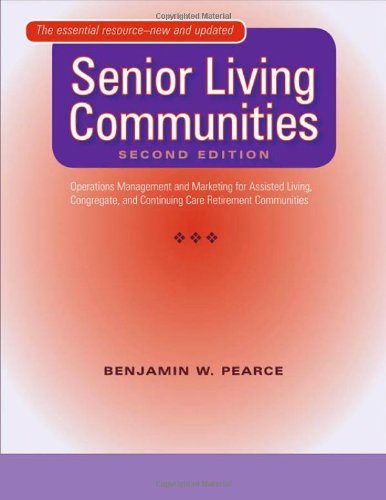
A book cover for Senior Living Communities: Operations Management and Marketing for Assisted Living, Congregate, and Continuing Care Retirement Communities; Benjamin W. Pearce; Parenting & Relationships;